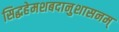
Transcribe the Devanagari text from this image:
सिद्धहेमशबदानुशासनम्